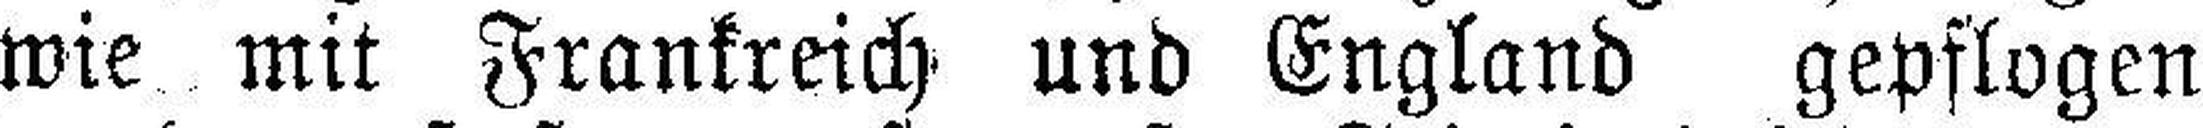
wie mit Frankreich und England gepflogen